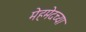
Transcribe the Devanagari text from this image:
मेहमेदच्या